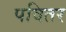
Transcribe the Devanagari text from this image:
पवितर